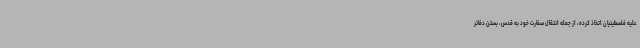
علیه فلسطینیان اتخاذ کرده، از جمله انتقال سفارت خود به قدس، بستن دفاتر